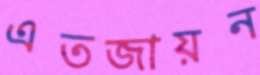
এতজায়ন